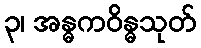
၃၊ အန္ဓကဝိန္ဓသုတ်